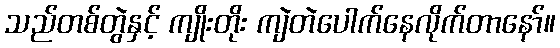
သည်တစ်တွဲနှင့် ကျိုးတိုး ကျဲတဲပေါက်နေလိုက်တာနော်။